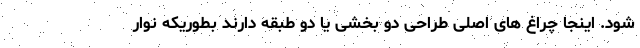
شود. اینجا چراغ های اصلی طراحی دو بخشی یا دو طبقه دارند بطوریکه نوار